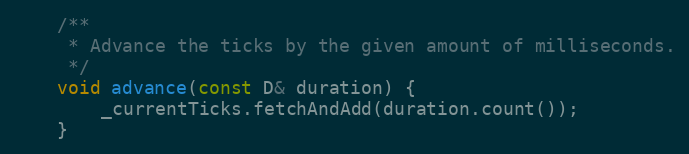
Language: C
    /**
     * Advance the ticks by the given amount of milliseconds.
     */
    void advance(const D& duration) {
        _currentTicks.fetchAndAdd(duration.count());
    }